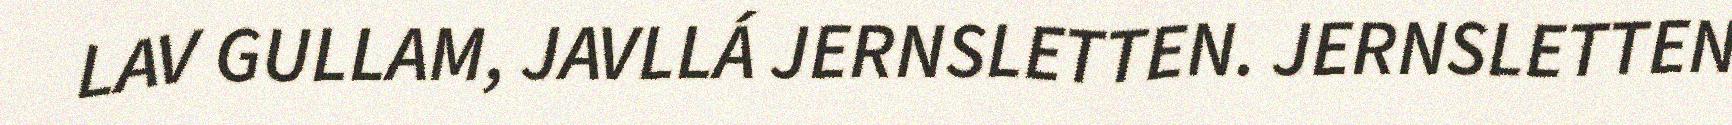
LAV GULLAM, JAVLLÁ JERNSLETTEN. JERNSLETTEN